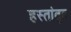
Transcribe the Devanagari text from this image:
हस्तांतृत